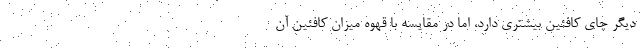
دیگر چای کافئین بیشتری دارد، اما در مقایسه با قهوه میزان کافئین آن